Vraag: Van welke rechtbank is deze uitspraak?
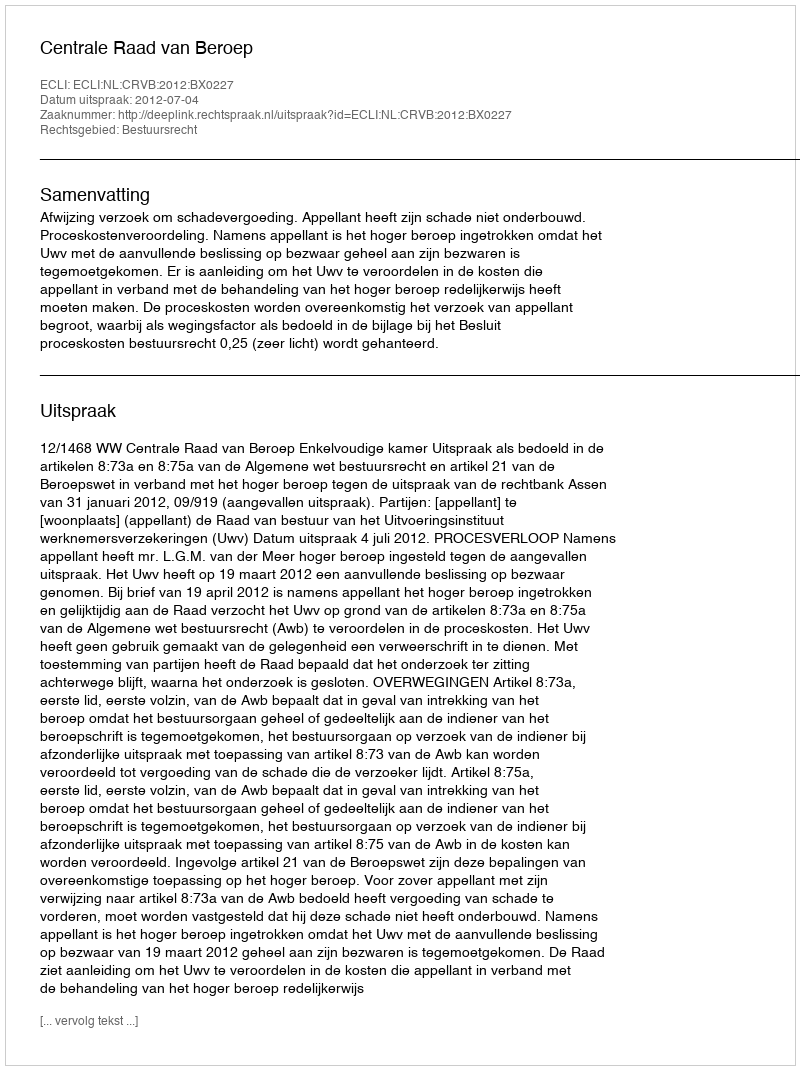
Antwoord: Centrale Raad van Beroep